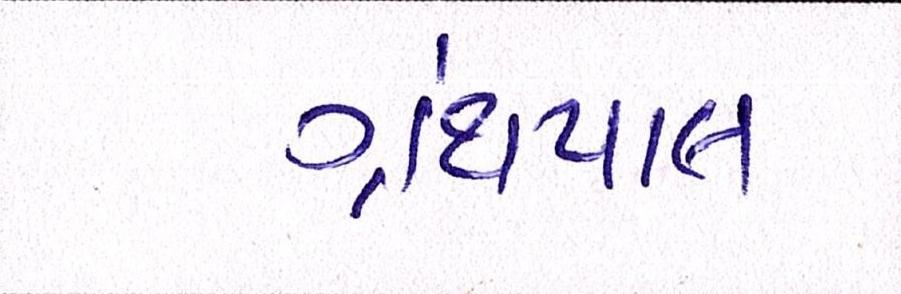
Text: ગ્રંથપાલ